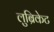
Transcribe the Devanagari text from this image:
लुब्रिकेट